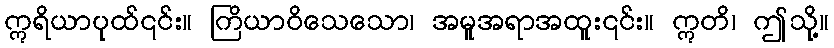
ဣရိယာပုထ်၎င်း။ ကြိယာဝိသေသော၊ အမူအရာအထူး၎င်း။ ဣတိ၊ ဤသို့။